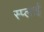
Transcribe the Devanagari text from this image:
स्प्लाई